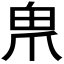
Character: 𤰲